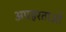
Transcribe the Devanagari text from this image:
अपहरताओं